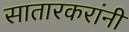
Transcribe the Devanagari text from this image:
सातारकरांनी